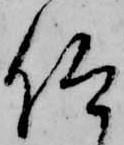
仰